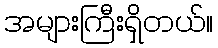
အများကြီးရှိတယ်။